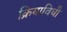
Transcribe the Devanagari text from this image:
क्रियाविधी